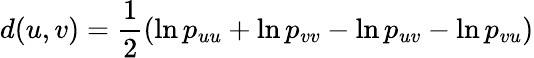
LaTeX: d(u,v)=\frac 12(\ln p_{uu}+\ln p_{vv}-\ln p_{uv}-\ln p_{vu})